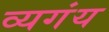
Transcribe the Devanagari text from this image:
व्यगंय